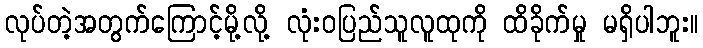
လုပ်တဲ့အတွက်ကြောင့်မို့လို့ လုံးဝပြည်သူလူထုကို ထိခိုက်မှု မရှိပါဘူး။